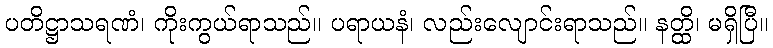
ပတိဋ္ဌာသရဏံ၊ ကိုးကွယ်ရာသည်။ ပရာယနံ၊ လည်းလျောင်းရာသည်။ နတ္ထိ၊ မရှိပြီ။